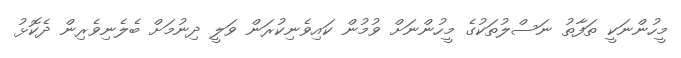
މީހުންނަކީ ތަފާތު ނަސްލުތަކުގެ މީހުންނަށް ވުމުން ކައިވެނިކުރަން ވަލީ ދިނުމަށް ބެލެނިވެރިން ދެކޮޅު